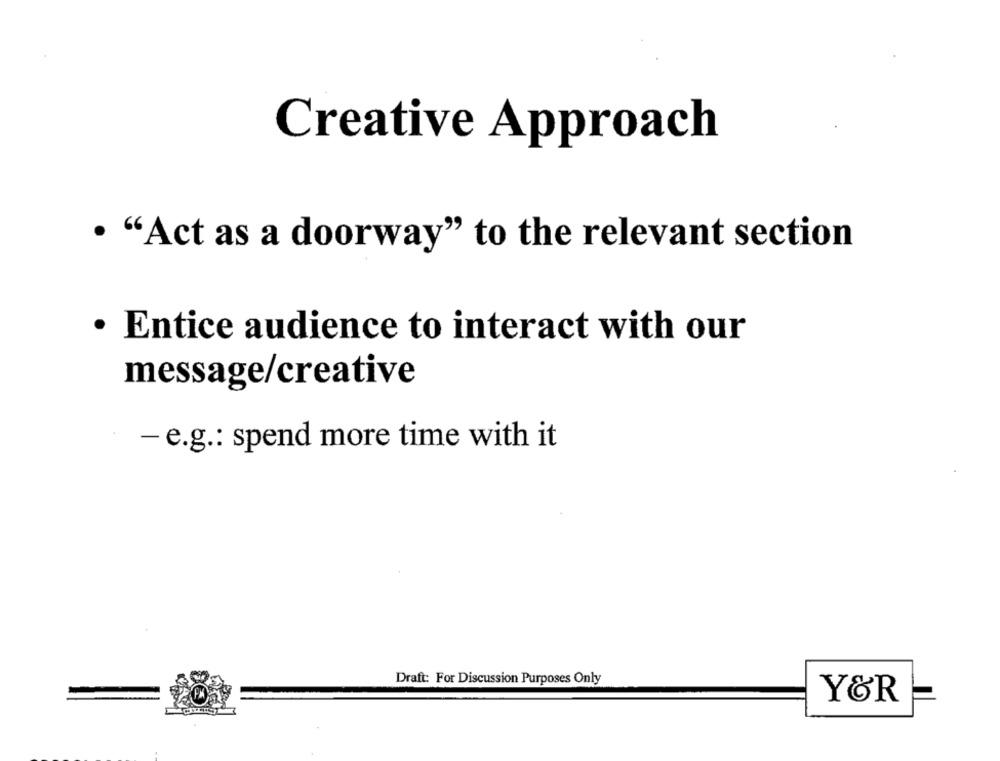
Creative Approach
· "Act as a doorway" to the relevant section
· Entice audience to interact with our
message/creative
- e.g .: spend more time with it
Draft: For Discussion Purposes Only
Y&R